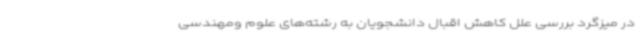
در میزگرد بررسی علل کاهش اقبال دانشجویان به رشته‌های علوم ومهندسی